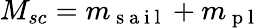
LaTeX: M_{sc}=m_{\mathrm{~s~a~i~l~}}+m_{\mathrm{~p~l~}}